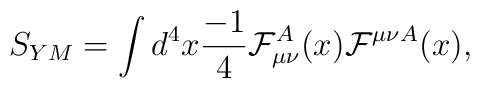
S_{YM} = \int d^4x {-1 \over 4} {\cal F}_{\mu\nu}^A(x) {\cal F}^{\mu\nu}{}^A(x) ,